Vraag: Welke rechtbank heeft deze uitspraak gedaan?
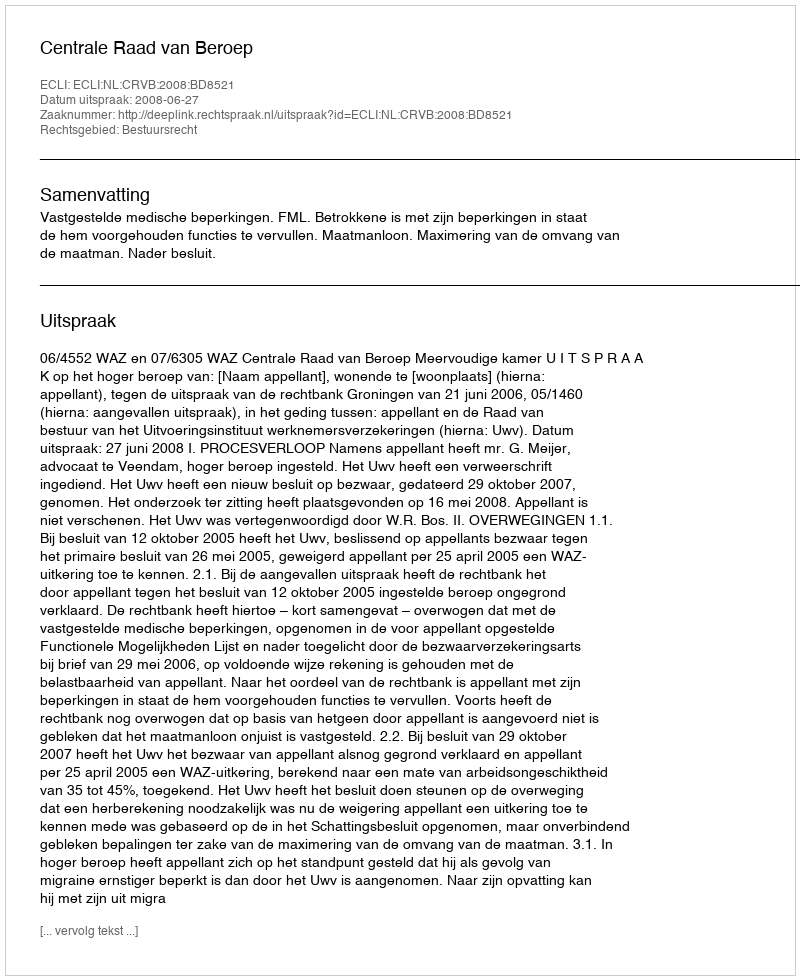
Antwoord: Centrale Raad van Beroep